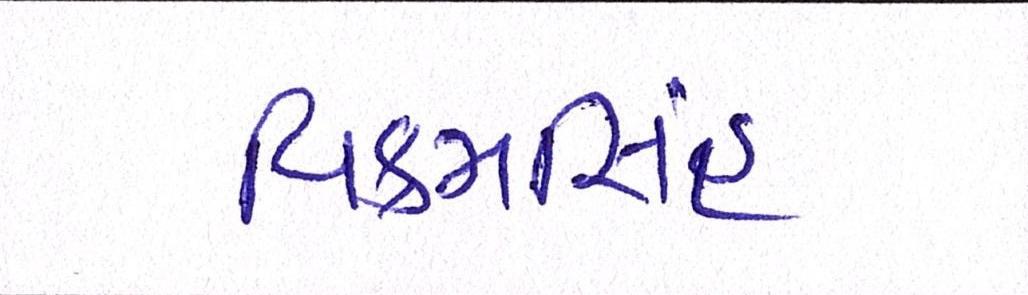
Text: વિક્રમસિંહ